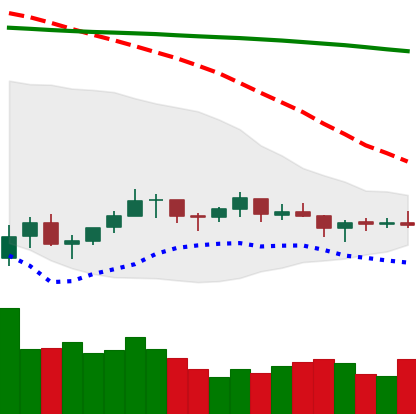
Ticker: LTC-USD
Chart end date: 2021-07-12
Forward return: -10.118%
Label: down_7plus